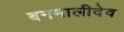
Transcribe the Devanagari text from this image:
बनमालीदेव